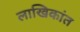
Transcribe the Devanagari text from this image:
लाखिकांत